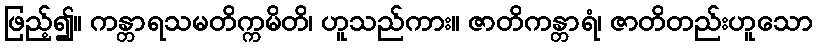
ဖြည့်၍။ ကန္တာရသမတိက္ကမိတိ၊ ဟူသည်ကား။ ဇာတိကန္တာရံ၊ ဇာတိတည်းဟူသော